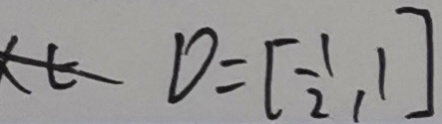
X E D = [ \frac { 1 } { 2 } , 1 ]